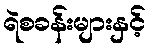
ရဲစခန်းများနှင့်